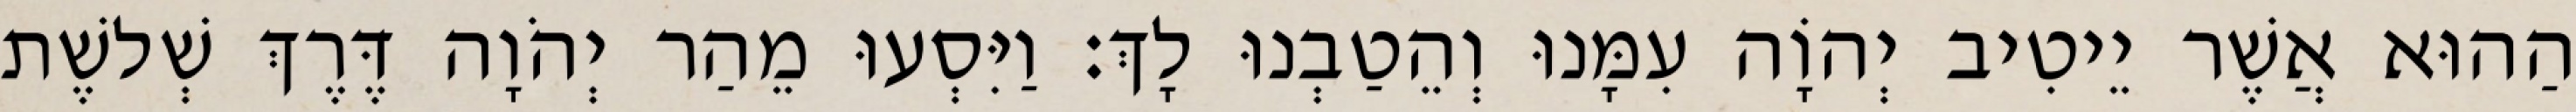
הַהוּא אֲשֶׁר יֵיטִיב יְהוָֹה עִמָּנוּ וְהֵטַבְנוּ לָךְ׃ וַיִּסְעוּ מֵהַר יְהֹוָה דֶּרֶךְ שְׁלשֶׁת